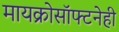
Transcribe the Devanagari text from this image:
मायक्रोसॉफ्टनेही